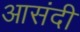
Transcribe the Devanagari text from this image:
आसंदी